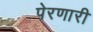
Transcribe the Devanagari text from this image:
पेरणारी